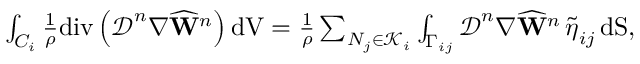
\begin{array} { r } { \int _ { C _ { i } } \frac { 1 } { \rho } \mathrm { d i v } \left( \boldsymbol { \mathcal { D } } ^ { n } \nabla \widehat { \mathbf { W } } ^ { n } \right) \mathrm { d V } = \frac { 1 } { \rho } \sum _ { N _ { j } \in \mathcal { K } _ { i } } \int _ { \Gamma _ { i j } } \boldsymbol { \mathcal { D } } ^ { n } \nabla \widehat { \mathbf { W } } ^ { n } \, \tilde { \boldsymbol { \eta } } _ { i j } \, \mathrm { d S } , } \end{array}